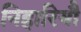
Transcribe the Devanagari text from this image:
निहारियौ